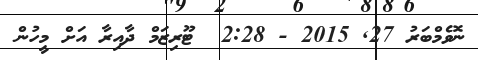
ނޮވެމްބަރު 27